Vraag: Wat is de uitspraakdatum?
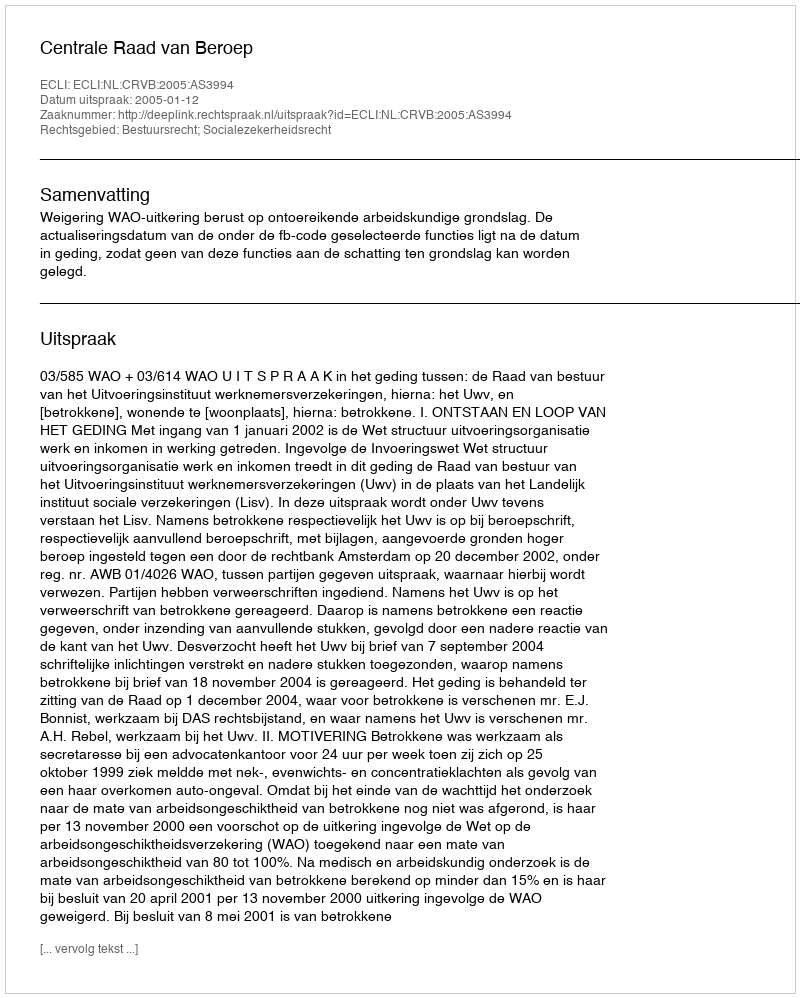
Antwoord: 2005-01-12